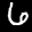
Digit: 6